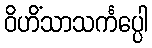
ဝိဟိံသာသင်္ကပ္ပေါ